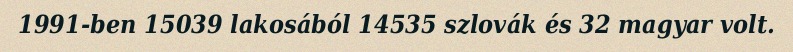
1991-ben 15039 lakosából 14535 szlovák és 32 magyar volt.